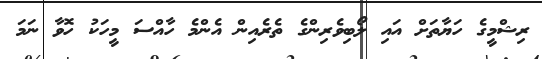
ރިޝްމީގެ ހަޔާތަށް އައި ލޯބިވެރިންގެ ތެރެއިން އެންމެ ހާއްސަ މީހަކު ހޮވާ ނަމަ